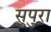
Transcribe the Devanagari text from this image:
सुपुरा